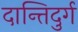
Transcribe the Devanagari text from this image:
दान्तिदुर्ग